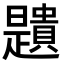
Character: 𧸯